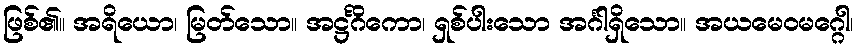
ဖြစ်၏။ အရိယော၊ မြတ်သော။ အဋ္ဌင်္ဂိကော၊ ရှစ်ပါးသော အင်္ဂါရှိသော။ အယမေဝမဂ္ဂေါ၊